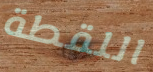
اللقطة